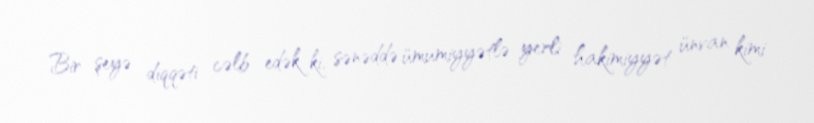
Bir şeyə diqqəti cəlb edək ki, sənəddə ümumiyyətlə yerli hakimiyyət ünvan kimi